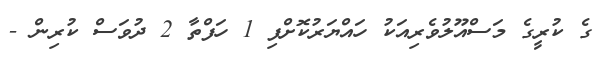
ގެ ކުރީގެ މަސްއޫލުވެރިއަކު ހައްޔަރުކޮށްފި 1 ހަފްތާ 2 ދުވަސް ކުރިން -